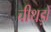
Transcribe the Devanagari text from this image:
चीथड़ों